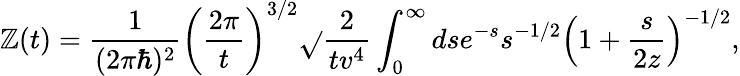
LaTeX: \mathbb{Z}(t)={\frac{{1}}{{(2\pi\hbar)^{2}}}}\left({\frac{{2\pi}}{{t}}}\right)^{3/2}\sqrt{}{{{\frac{{2}}{{tv^{4}}}}}}\int_{0}^{\infty}dse^{-s}s^{-1/2}\left(1+{\frac{{s}}{{2z}}}\right)^{-1/2},